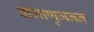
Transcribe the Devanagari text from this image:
बीजाणुजनन